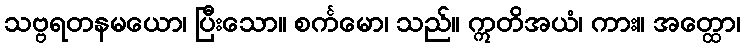
သဗ္ဗရတနမယော၊ ပြီးသော။ စင်္ကမော၊ သည်။ ဣတိအယံ၊ ကား။ အတ္ထော၊